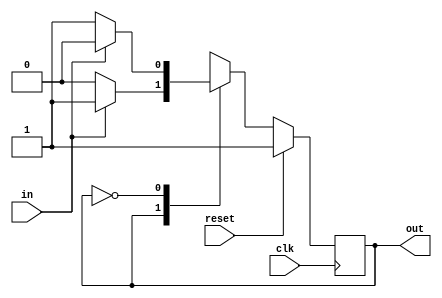
module top_module(clk, reset, in, out);
    input clk;
    input reset;    // Synchronous reset to state B
    input in;
    output out;//  

    // Fill in state name declarations
	parameter A = 0, B = 1;
    reg present_state, next_state;

    always @(posedge clk) begin
        if (reset) present_state <=  B;
        else  present_state <= next_state;
    end
       
    always @(*) begin
        case (present_state)
            B : next_state <= (in == 1) ? B : A;
            A : next_state <= (in == 1) ? A : B;
        endcase
    end
        
    assign out = (present_state == B);

endmodule